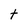
Character: t